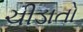
ચીડાતો